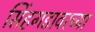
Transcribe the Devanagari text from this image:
सिंहगडावरच्या